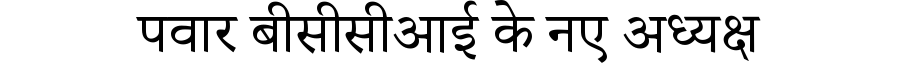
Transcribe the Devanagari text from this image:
पवार बीसीसीआई के नए अध्यक्ष